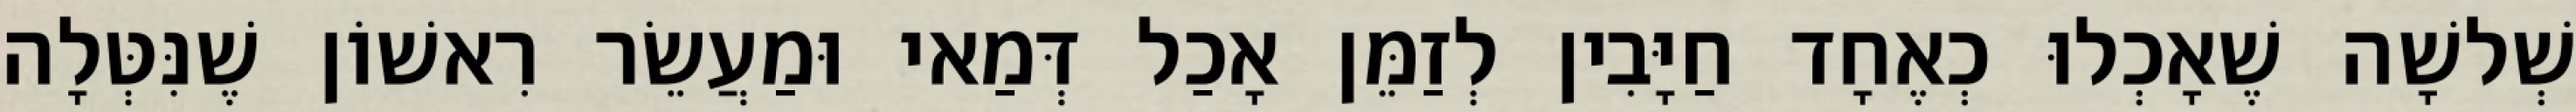
שְׁלשָׁה שֶׁאָכְלוּ כְאֶחָד חַיָּבִין לְזַמֵּן אָכַל דְּמַאי וּמַעֲשֵׂר רִאשׁוֹן שֶׁנִּטְּלָה